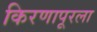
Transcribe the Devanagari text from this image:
किरणापूरला